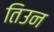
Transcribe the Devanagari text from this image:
तिउन